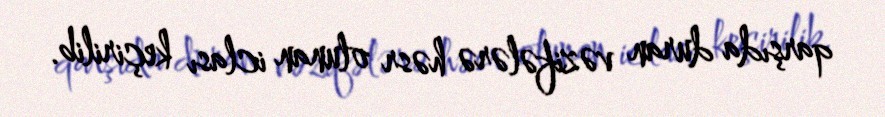
qarşıda duran vəzifələrə həsr olunan iclası keçirilib.